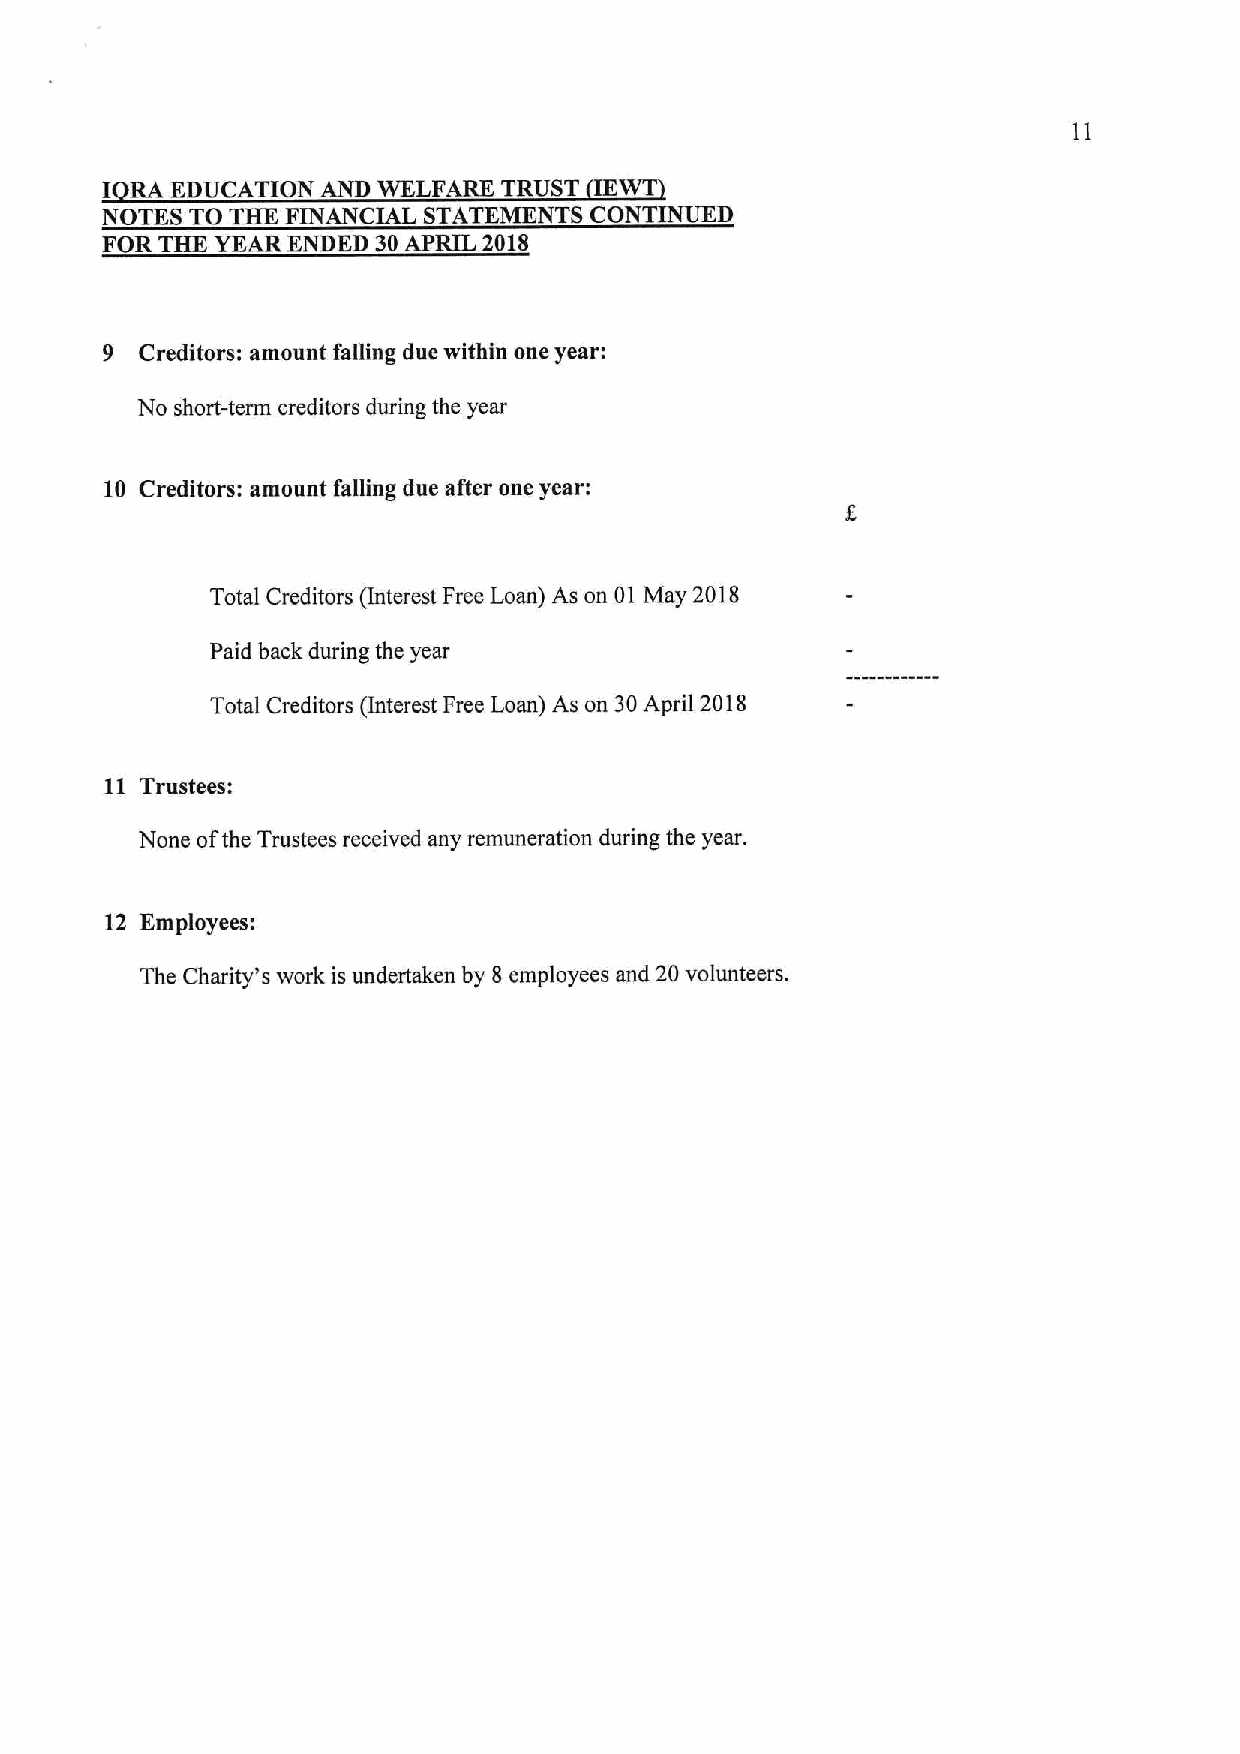
I RA EDUCATION AND WELFARE TRUST
 NOTES TO THE FINANCIAL STATEMENTS CONTINUED
 FOR THE YEAR ENDED 30APRIL 2018
 9 Creditors: amount falling due within one year:
 No short-term creditors during the year
 10 Creditors: amount falling due after one year:
 Total Creditors interest Free Loan) As on 01 May 2018
 Paid back during the year
 Total Creditors (Interest Free Loan) As on 30April 2018
 11 Trustees:
 None ofthe Trustees received any remuneration during the year.
 12 Employees:
 The Charity's work is undertaken by 8 employees and 20volunteers.